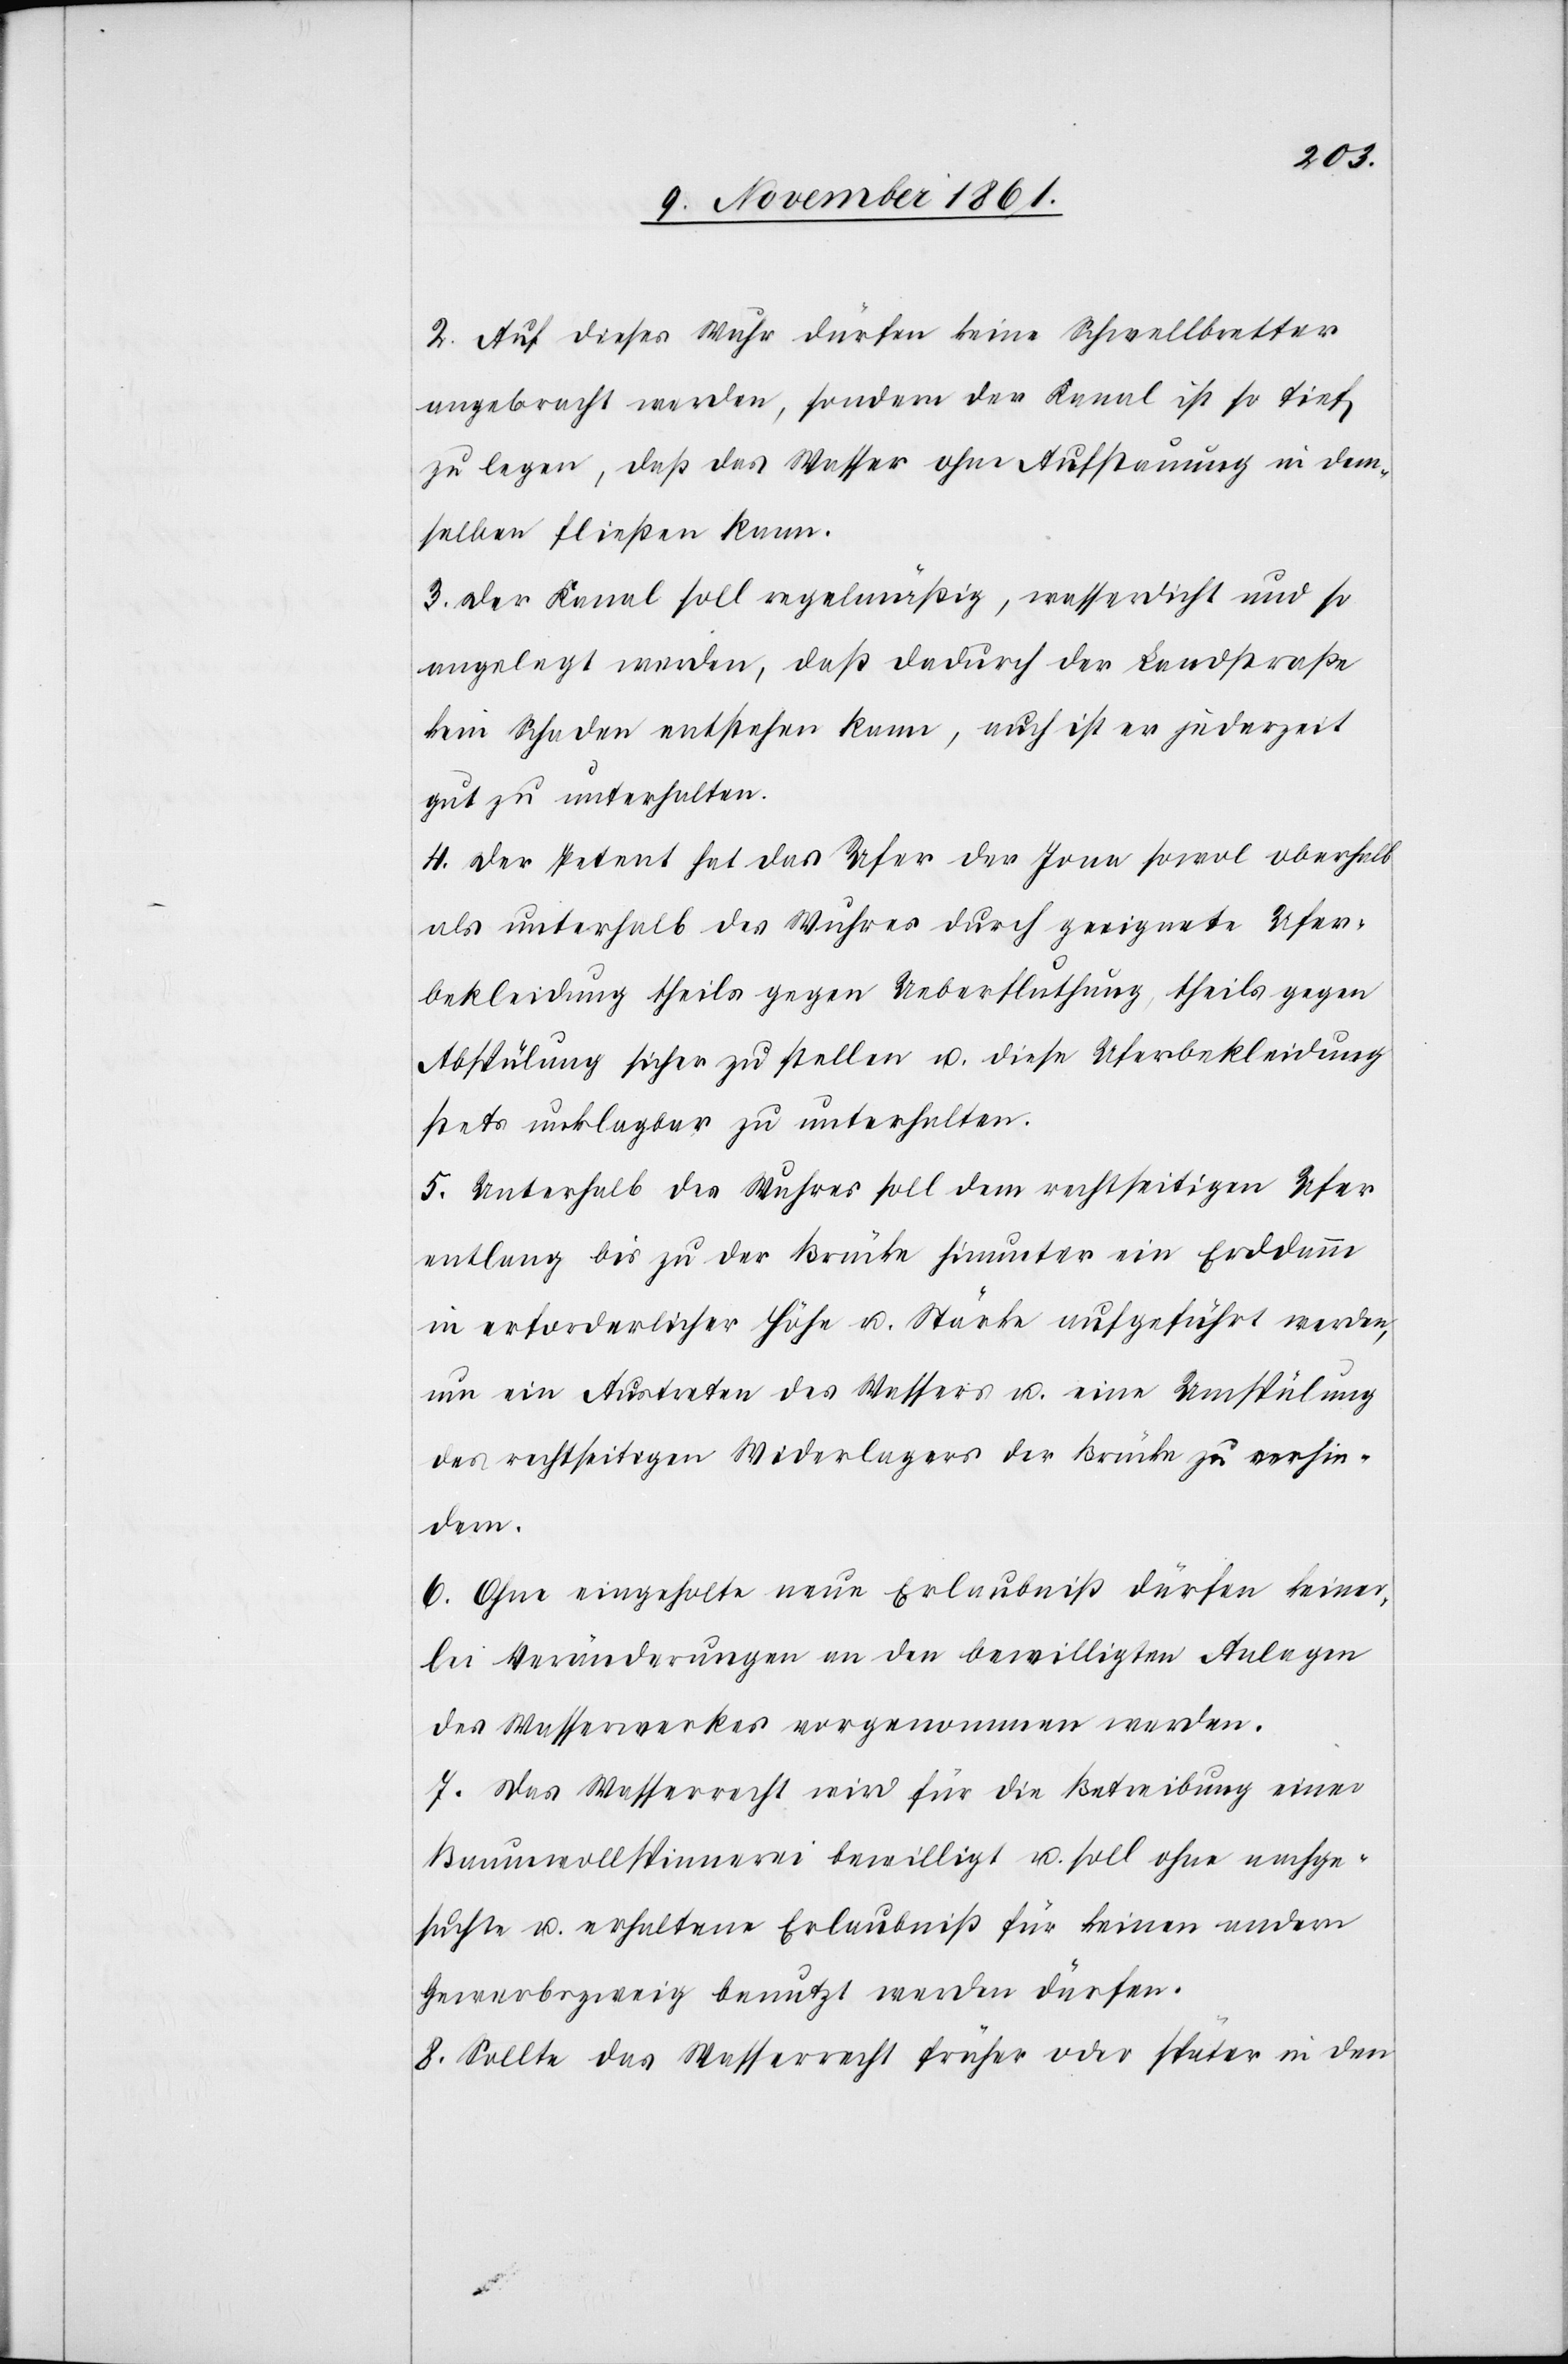
2. Auf dieses Wuhr dürfen keine Schwellbretter
angebracht werden, sondern der Kanal ist so tief
zu legen, daß das Wasser ohne Aufstauung in dem¬
selben fließen kann.
3. Der Kanal soll regelmäßig, wasserdicht und so
angelegt werden, daß dadurch der Landstraße
kein Schaden entstehen kann, auch ist er jederzeit
gut zu unterhalten.
4. Der Petent hat das Ufer der Jona sowol oberhalb
als unterhalb des Wuhres durch geeignete Ufer¬
bekleidung theils gegen Ueberfluthung, theils gegen
Abkühlung sicher zu stellen u. diese Uferbekleidung
stets unklagbar zu unterhalten.
5. Unterhalb des Wuhres soll dem rechtseitigen Ufer
entlang bis zu der Brücke hinunter ein Erddamm
in erforderlicher Höhe u. Stärke aufgeführt werden,
um ein Austreten des Wassers u. eine Umspülung
des rechtseitigen Widerlagers der Brücke zu verhin¬
dern.
6. Ohne eingeholte neue Erlaubniß dürfen keiner¬
lei Veränderungen an den bewilligten Anlagen
des Wasserwerkes vorgenommen werden.
7. Das Wasserrecht wird für die Betreibung einer
Baumwollspinnerei bewilligt u. soll ohne nachge¬
suchte u. erhaltene Erlaubniß für keinen andern
Gewerbszweig benutzt werden dürfen.
8. Sollte das Wasserrecht früher oder später in den